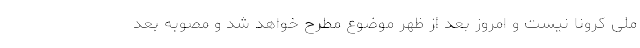
ملی کرونا نیست و امروز بعد از ظهر موضوع مطرح خواهد شد و مصوبه بعد